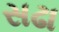
સઢા